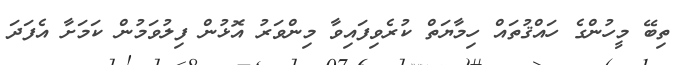
ތިބޭ މީހުންގެ ހައްޤުތައް ހިމާޔަތް ކުރެވިފައިވާ މިންވަރު އޮޅުން ފިލުވަމުން ކަމަށާ އެފަދަ